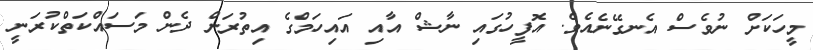
މީހަކަށް ނުވެސް އެނގޭނެއެވެ. އޮފީހުގައި ނާޝް އާއި އައިހަމްގެ އިތުރަށް ދެން މަސައްކަތްކުރަނީ